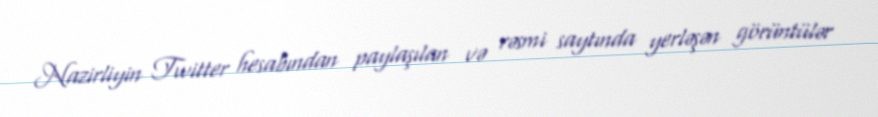
Nazirliyin Twitter hesabından paylaşılan və rəsmi saytında yerləşən görüntülər